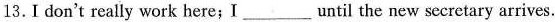
13.I don't really work here;I ___ until the new secretary arrives.